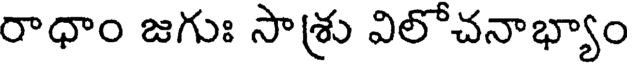
రాధాం జగుః సాశ్రు విలోచనాభ్యాం